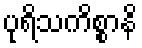
ပုရိသကိစ္စာနိ